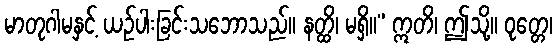
မာတုဂါမနှင့် ယဉ်ပါးခြင်းသဘောသည်။ နတ္ထိ၊ မရှိ။” ဣတိ၊ ဤသို့။ ဝုတ္တေ၊